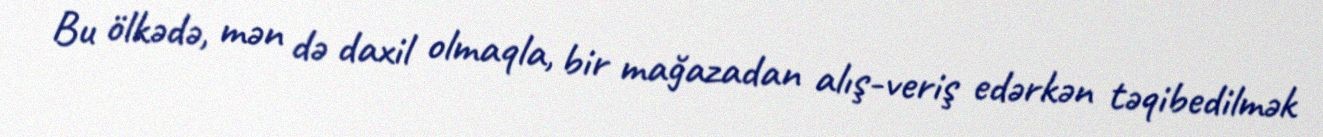
Bu ölkədə, mən də daxil olmaqla, bir mağazadan alış-veriş edərkən təqibedilmək